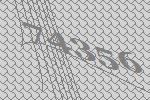
74356